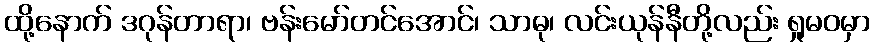
ထို့နောက် ဒဂုန်တာရာ၊ ဗန်းမော်တင်အောင်၊ သာဓု၊ လင်းယုန်နီတို့လည်း ရှုမဝမှာ